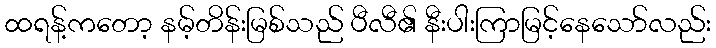
ထရန့်ကတော့ နမ့်တိန်းမြစ်သည် ပီလီ၏ နီးပါးကြာမြင့်နေသော်လည်း